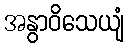
အနွာဝိသေယျံ